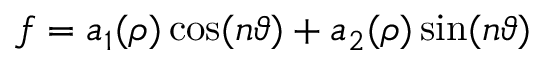
f = a _ { 1 } ( \rho ) \cos ( n \vartheta ) + a _ { 2 } ( \rho ) \sin ( n \vartheta )